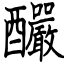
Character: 釅